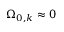
\Omega _ { 0 , k } \approx 0